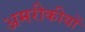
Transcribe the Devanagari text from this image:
अमरीकीयों